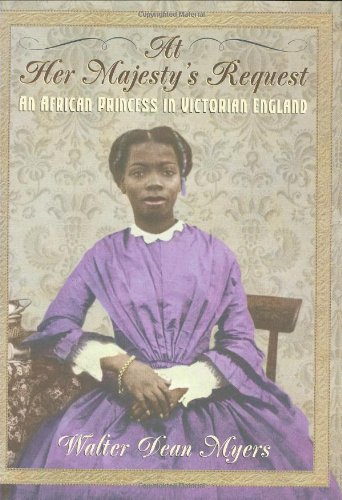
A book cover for At Her Majesty's Request: An African Princess in Victorian England; Walter Dean Myers; Children's Books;